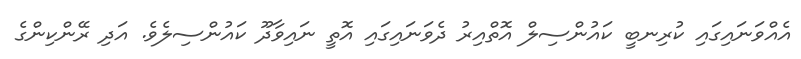
އެއްވަނައިގައި ކުރިނބީ ކައުންސިލް އޮތްއިރު ދެވަނައިގައި އޮތީ ނައިވާދޫ ކައުންސިލެވެ. އަދި ރޭންކިންގެ